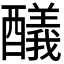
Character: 𨣞